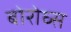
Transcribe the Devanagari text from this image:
बोरोघ्स